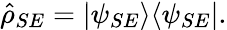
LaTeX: \hat{\rho}_{SE}=\vert\psi_{SE}\rangle\langle\psi_{SE}\vert.